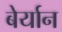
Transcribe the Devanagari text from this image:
बेर्यान